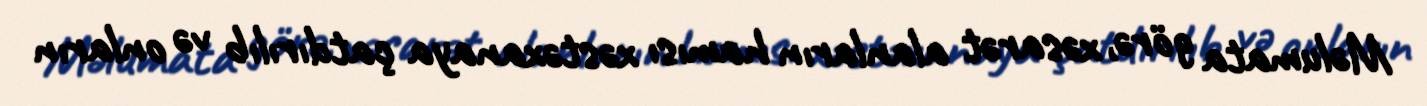
Məlumata görə, xəsarət alanların hamısı xəstəxanaya çatdırılıb və onların